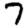
Digit: 7